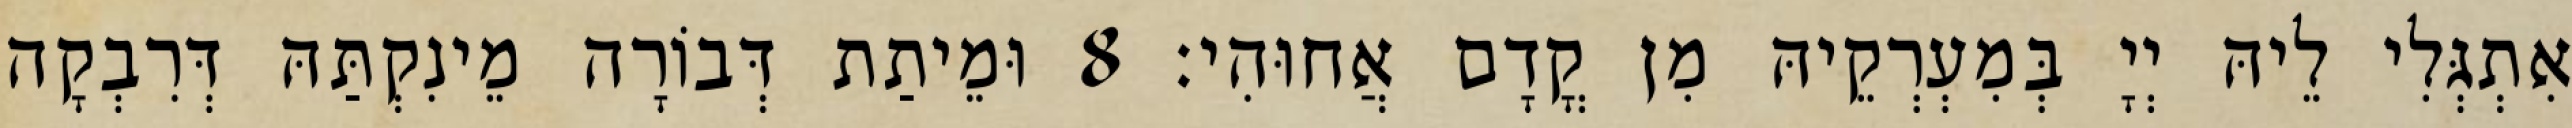
אִתְגְּלִי לֵיהּ יְיָ בְּמִעְרְקֵיהּ מִן קֳדָם אֲחוּהִי׃ 8 וּמֵיתַת דְּבוֹרָה מֵינִקְתַּהּ דְּרִבְקָה